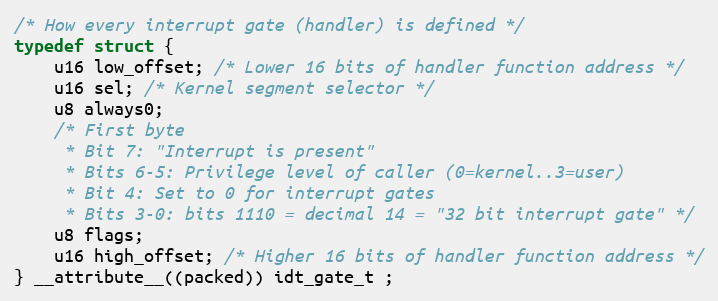
Language: C
/* How every interrupt gate (handler) is defined */
typedef struct {
    u16 low_offset; /* Lower 16 bits of handler function address */
    u16 sel; /* Kernel segment selector */
    u8 always0;
    /* First byte
     * Bit 7: "Interrupt is present"
     * Bits 6-5: Privilege level of caller (0=kernel..3=user)
     * Bit 4: Set to 0 for interrupt gates
     * Bits 3-0: bits 1110 = decimal 14 = "32 bit interrupt gate" */
    u8 flags;
    u16 high_offset; /* Higher 16 bits of handler function address */
} __attribute__((packed)) idt_gate_t ;